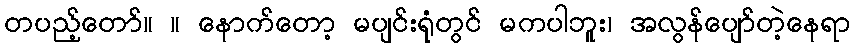
တပည့်တော်။ ။ နောက်တော့ မပျင်းရုံတွင် မကပါဘူး၊ အလွန်ပျော်တဲ့နေရာ